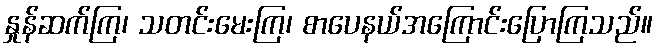
နှုန်ဆက်ကြ၊ သတင်းမေးကြ၊ စာပေနယ်အကြောင်းပြောကြသည်။